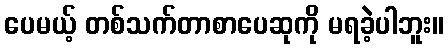
ပေမယ့် တစ်သက်တာစာပေဆုကို မရခဲ့ပါဘူး။